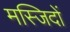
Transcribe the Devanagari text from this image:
मस्‍जिदों